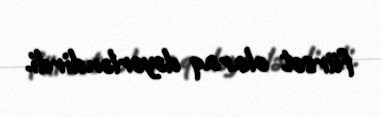
fürsət olaraq dəyərləndirdi.